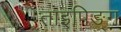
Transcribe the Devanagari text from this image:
ताइपिङ्ग